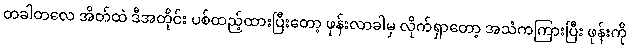
တခါတလေ အိတ်ထဲ ဒီအတိုင်း ပစ်ထည့်ထားပြီးတော့ ဖုန်းလာခါမှ လိုက်ရှာတော့ အသံကကြားပြီး ဖုန်းကို